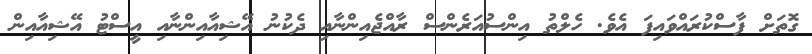
ގޮތަށް ފާސްކުރައްވައިފަ އެވެ. ހެލްތު އިންސުއަރެންސް ރާއްޖެއިންނާއި ދެކުނު އޭޝިއާއިންނާއި އީސްޓު އޭޝިއާއިން